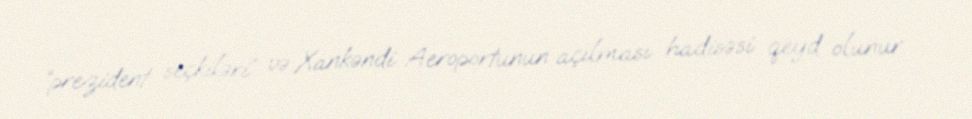
“prezident seçkiləri” və Xankəndi Aeroportunun açılması hadisəsi qeyd olunur.